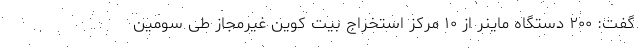
گفت: ۲۰۰ دستگاه ماینر از ۱۰ مرکز استخراج بیت کوین غیرمجاز طی سومین